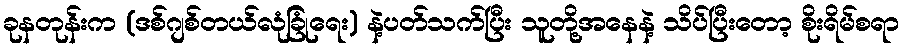
ခုနတုန်းက (ဒစ်ဂျစ်တယ်လုံခြုံရေး) နဲ့ပတ်သက်ပြီး သူတို့အနေနဲ့ သိပ်ပြီးတော့ စိုးရိမ်စရာ